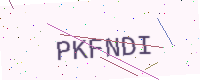
Text: PKFNDI